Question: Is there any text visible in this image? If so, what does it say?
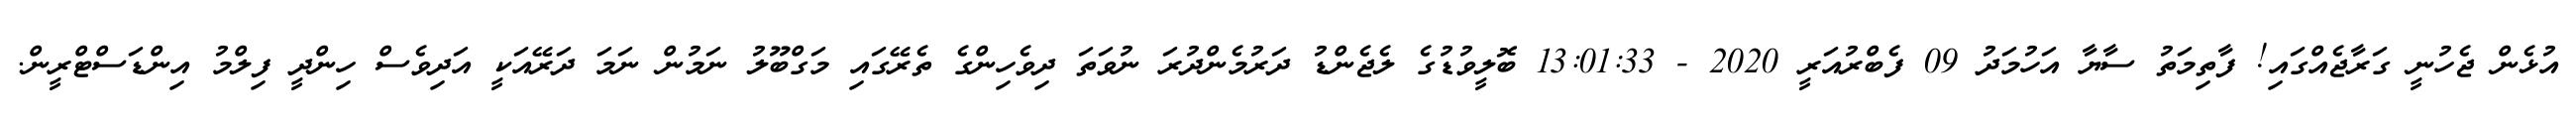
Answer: އުޅެން ޖެހުނީ ގަރާޖެއްގައި! ފާތިމަތު ސާޔާ އަހުމަދު 09 ފެބްރުއަރީ 2020 - 13:01:33 ބޮލީވުޑުގެ ލެޖެންޑު ދަރުމެންދުރަ ނުވަތަ ދިވެހިންގެ ތެރޭގައި މަގްބޫލު ނަމުން ނަމަ ދަރޭއަކީ އަދިވެސް ހިންދީ ފިލްމު އިންޑަސްޓްރީން.